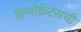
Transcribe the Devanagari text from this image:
हिप्पोक्रेटसची